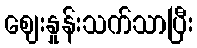
ဈေးနှုန်းသက်သာပြီး